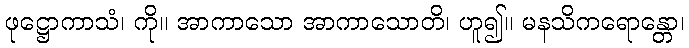
ဖုဋ္ဌောကာသံ၊ ကို။ အာကာသော အာကာသောတိ၊ ဟူ၍။ မနသိကရောန္တော၊